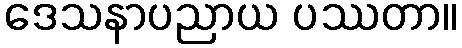
ဒေသနာပညာယ ပဿတာ။